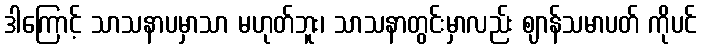
ဒါကြောင့် သာသနာပမှာသာ မဟုတ်ဘူး၊ သာသနာတွင်းမှာလည်း ဈာန်သမာပတ် ကိုပင်